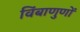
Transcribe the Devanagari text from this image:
विंबाणुणों